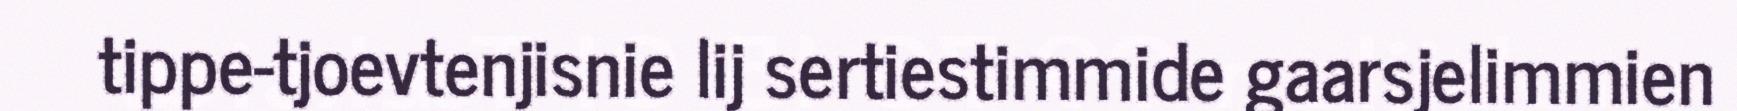
tippe-tjoevtenjisnie lij sertiestimmide gaarsjelimmien